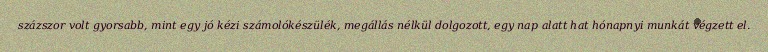
százszor volt gyorsabb, mint egy jó kézi számolókészülék, megállás nélkül dolgozott, egy nap alatt hat hónapnyi munkát végzett el.